Leaving Certificate Examination, 1902
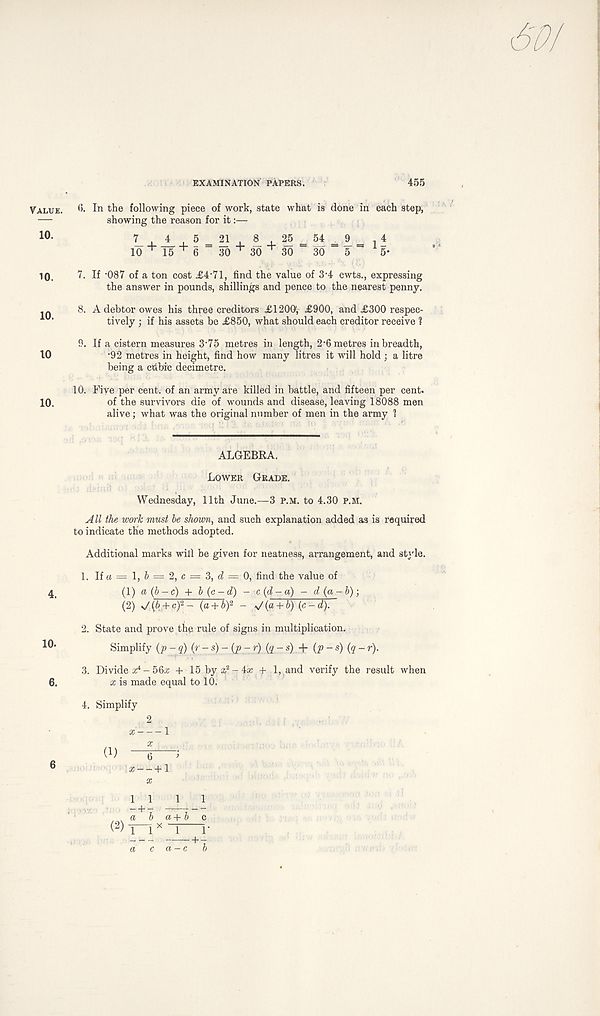
sot
Value.
10.
10.
10.
10
10.
4.
10.
6.
6
EXAMINATION PAPERS.
455
<5. In the following piece of work, state what is done in each step,
showing the reason for it:—
7 , , 5 = 21 , i
=
54
= i = if
10 + 15 + 6 30 + 30 + 30 30 = 5 5*
7. If -087 of a ton cost £4 , 71, find the value of 3‘4 cwts., expressing
the answer in pounds, shillings and pence to the nearest penny.
8. A debtor owes his three creditors £1200’, £900, and £300 respec-
tively ; if his assets be £850, what should each creditor receive ?
9. If a cistern measures 3'75 metres in length, 2-6 metres in breadth,
•92 metres in height, find how many litres it will hold ; a litre
being a cfibie decimetre.
10. Five per cent, of an army are killed in battle, and fifteen per cent,
of the survivors die of wounds and disease, leaving 18088 men
alive; what was the original number of men in the army 1
ALGEBKA.
Lower Grade.
Wednesday, 11th June.—3 P.M. to 4.30 P.M.
j4U the work must be shown, and such explanation added as is required
to indicate the methods adopted.
Additional marks will be given for neatness, arrangement, and style.
1. If « = 1, 6 = 2, c = 3, = 0, find the value of
(1) a (b-c) + b (c-d) - , c (d-a) - d (a- b);
(2) s/ (6,+ c) 2 - (a + b) 2 - ^/(a + b) (c - d).
2. State and prove the rule of signs in multiplication.
Simplify (p -q) (r-s) - (p- r) {q - s) + {p-s)(q- r).
3. Divide x* - 56a; + 15 by a? - 4a; + 1, and verify the result when
x is made equal to 10.
4. Simplify
2
a; 1
a) Hr-"
X hi
1111
a b a+b c
(2) — x x
j-
+